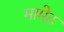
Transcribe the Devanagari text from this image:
मामेट